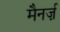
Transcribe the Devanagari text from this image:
मैनर्ज़